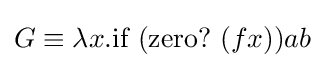
G\equiv \lambda x.{\text{if}}\ ({\text{zero?}}\ (fx))ab